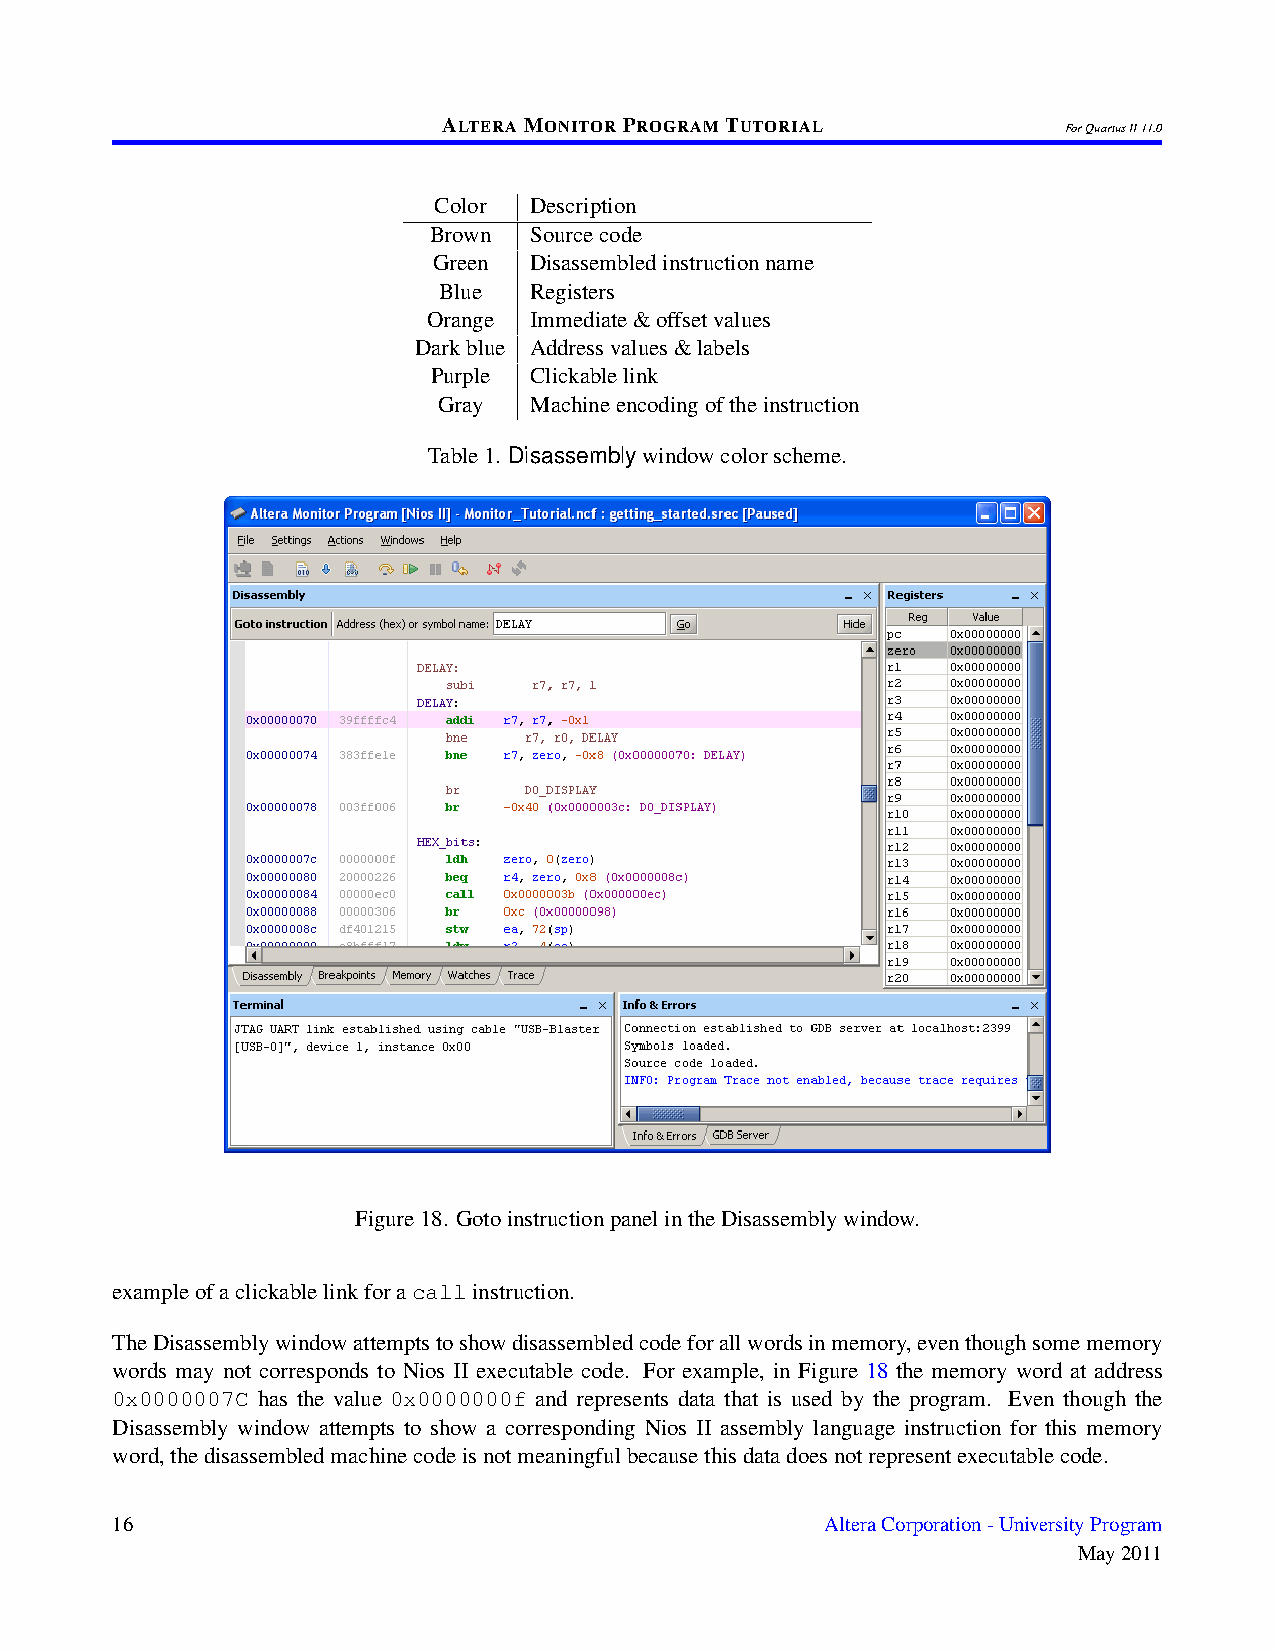
ALTERAMONITORPROGRAMTUTORIAL
 ForQuartusII11.0
 Color Description
 Brown  Sourcecode
 Green Disassembledinstructionname
 Blue  Registers
 Orange Immediate&offsetvalues
 Darkblue Addressvalues&labels
 Purple Clickablelink
 Gray  Machineencodingoftheinstruction
 Table1. Disassemblywindowcolorscheme.
 Figure18. GotoinstructionpanelintheDisassemblywindow.
 exampleofaclickablelinkforacallinstruction.
 TheDisassemblywindowattemptstoshowdisassembledcodeforallwordsinmemory,eventhoughsomememory
 words may not corresponds to Nios II executable code. For example, in Figure 18 the memory word at address
 0x0000007C has the value 0x0000000f and represents data that is used by the program. Even though the
 Disassembly window attempts to show a corresponding Nios II assembly language instruction for this memory
 word,thedisassembledmachinecodeisnotmeaningfulbecausethisdatadoesnotrepresentexecutablecode.
 16                                              AlteraCorporation-UniversityProgram
 May2011